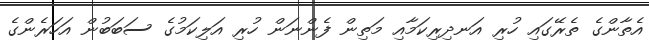
އެތާންގެ ތެރޭގައި ހުރި އަނދިރިކަމާއި މަތިން ފެންނަން ހުރި އަލިކަމުގެ ސަބަބުން އަހަރެންގެ